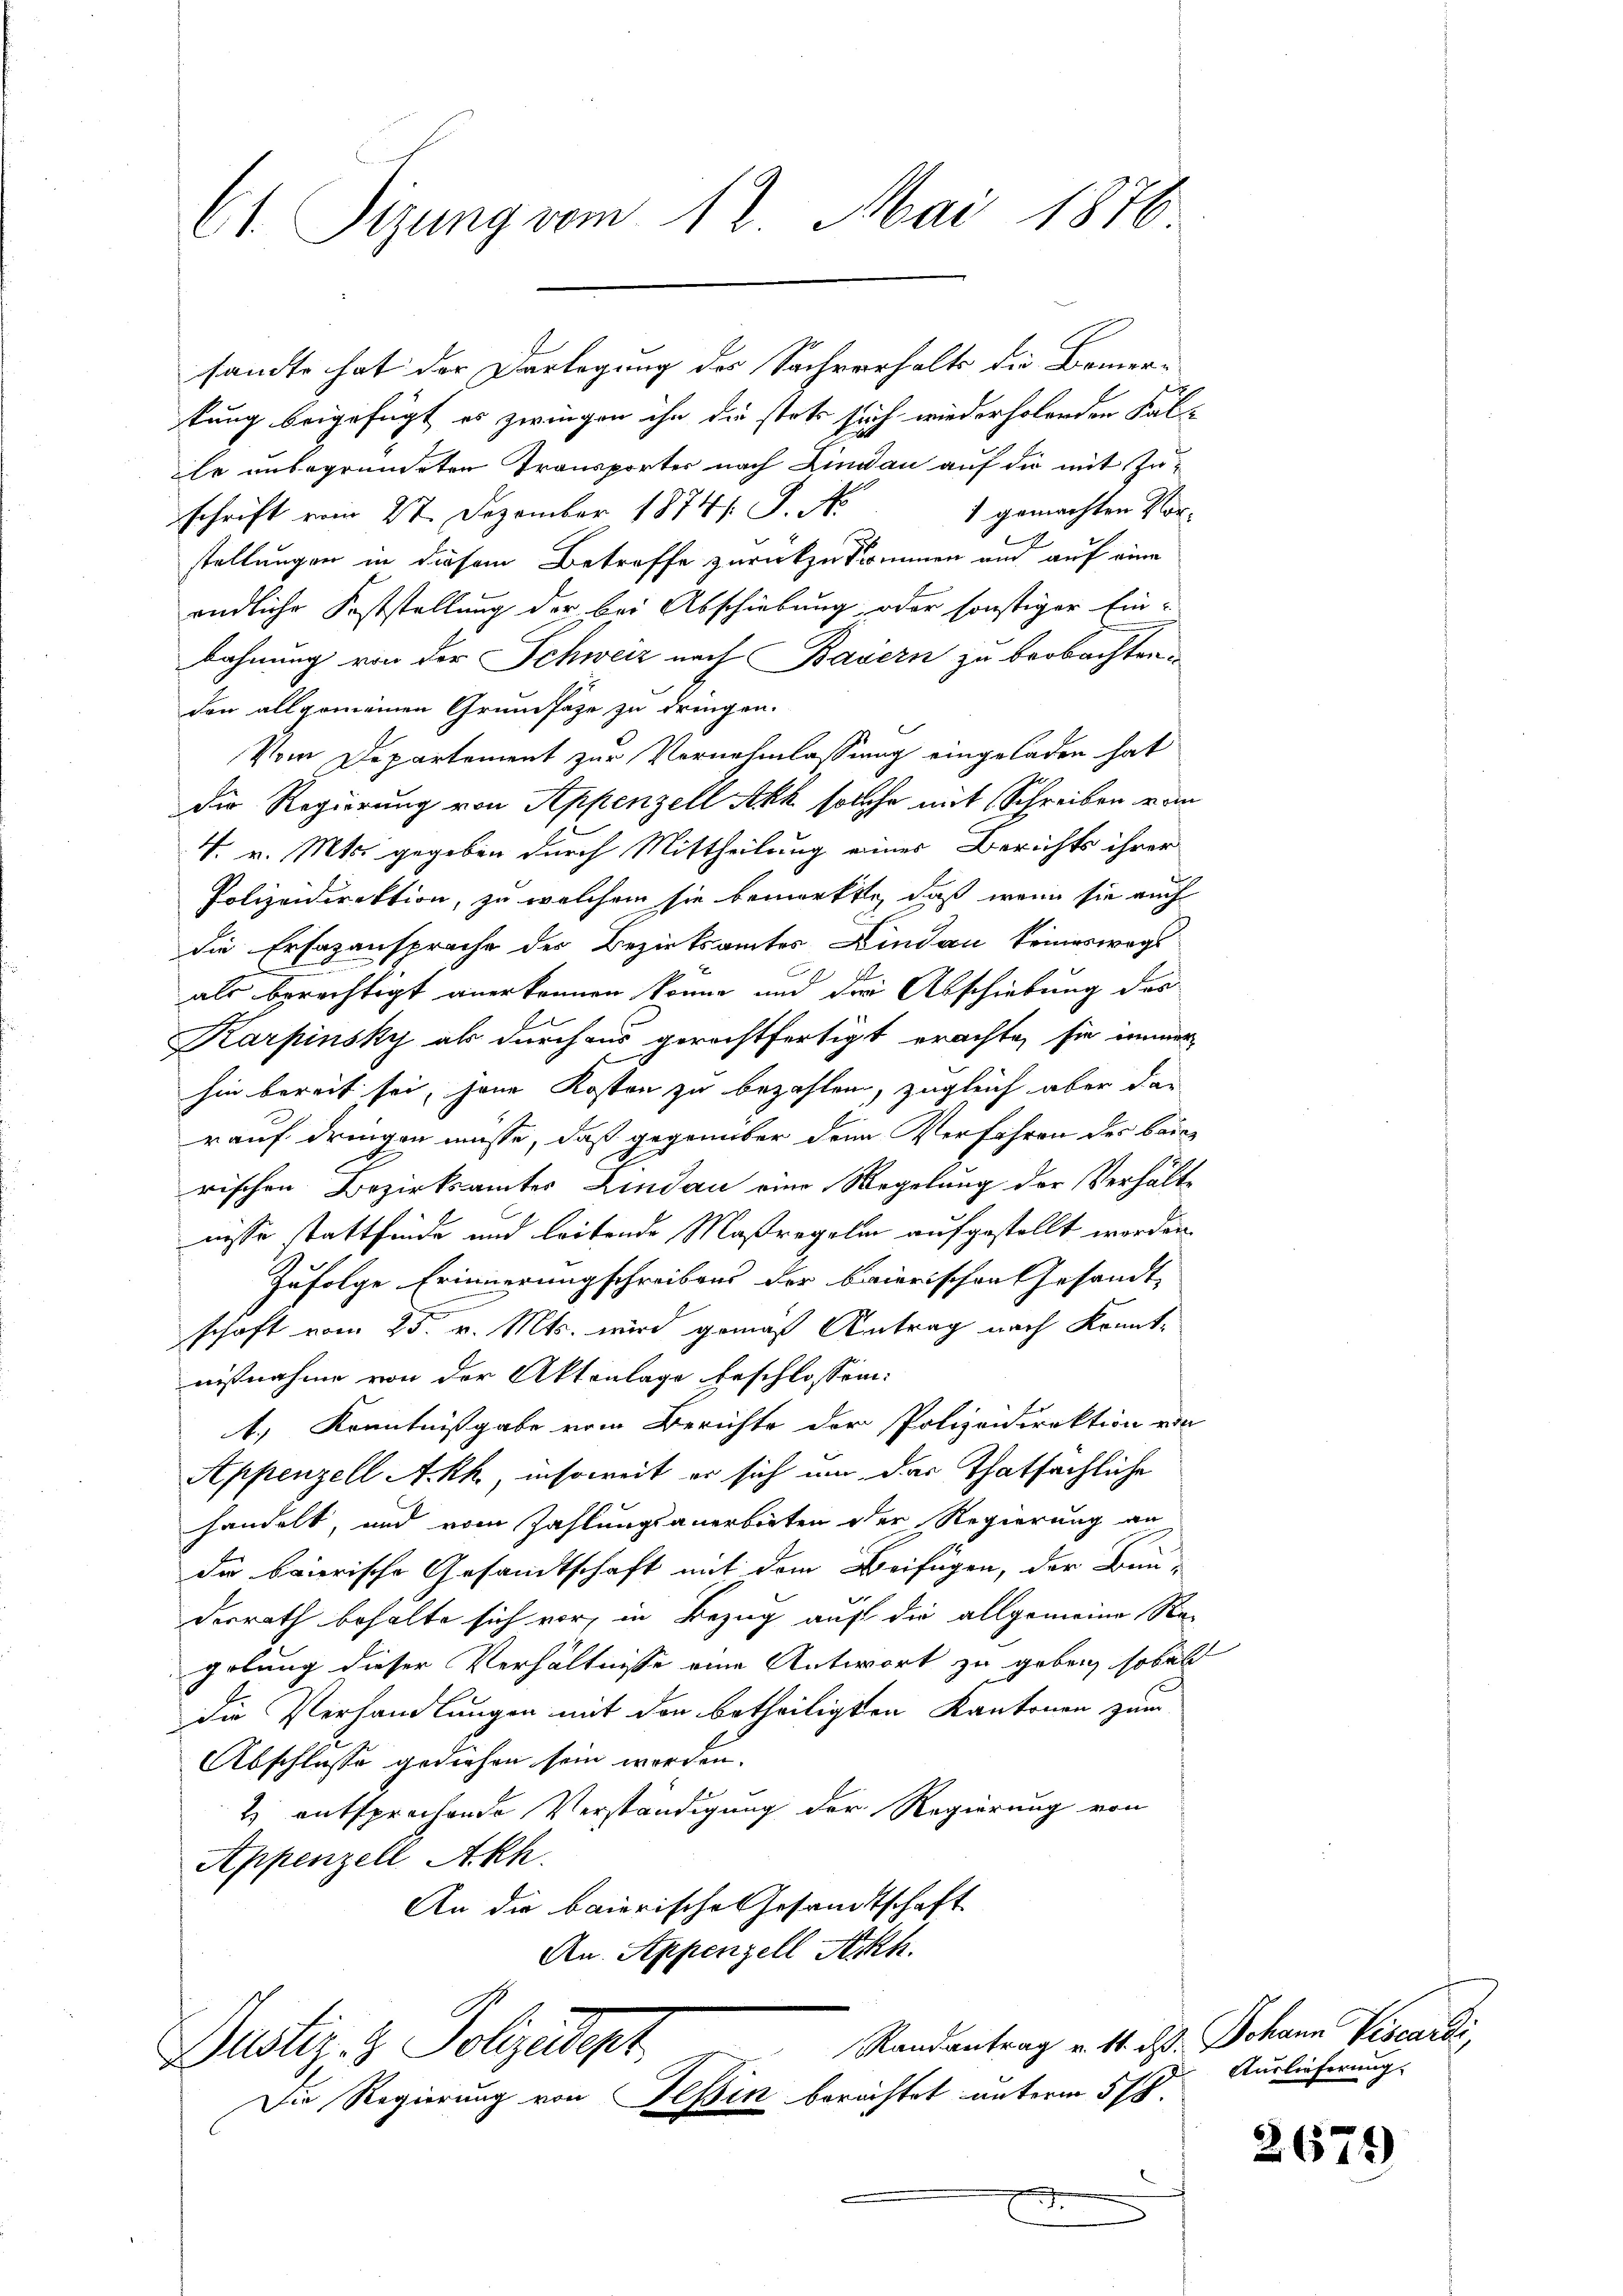
Ct. Sizung vom 12. Mai 1876

sandte hat der Darlegung des Sachverhalts die Bemer-
tung beigefügt es zwingen ihn die stets sich wiederholenden Kalle unbegründeten Transporter nach Lindau auf die mit Zu¬
1 gemachten Vorschrift vom 27. Dezember 1874. S. No
stellungen in diesem Betroffe zurückzukommen und auf eine
endliche Feststellung der bei Abschiebung oder sonstiger Ein-
bahnung von der Schweiz nach Bayern zu beobachten.
den allgemeinen Grundsätze zu dringen.
Vom Departement zur Vernehmlassung eingeladen hat
Die Regierung von Appenzell Akk solche mit Schreiben vom
4. v. Mts. gegeben durch Mittheilung eines Berichts ihrer
Polizeidirektion, zu welchem sie bemerkte, daß wenn sie auch
die Erfazansprache des Bezirksamtes Lindau keineswegs
als berechtigt anerkennen könne und der Abschiebung des
Karpinsky als durchaus gerechtfertigt erachte, sie immer-
hin bereit sei, jene Kosten zu bezahlen, zugleich aber das
rauf dringen müsse, daß gegenüber dein Verfahren des beirischen Bezirksamtes Lindau eine Regelung der Verhältnisse stattfinde und leitende Maßregelin aufgestellt worden.
Zufolge Erinnerungschreibens der baierischen Gesandt
c
schaft vom 25. v. Mts. wird gemäß Antrag nach Kenntnißnahme von der Aktenlage beschlossen:
t, Kenntnißgabe vom Berichte der Polizeidirektion ein
Appenzell A.Rh., insoweit er sich um das thatsächliche
handelt, und vom Zahlungsanerbieten der Regierung an
die baierische Gesandtschaft mit dem Beifügen, der Bau-
derrath behalte sich vor, in Bezug auf die allgemeine Regelung dieser Verhältnisse eine Antwort zu geben, sobald
die Verhandlungen mit den betheiligten Kantonen zum
Abschlusse gediehen sein worden.
2 entsprechende Verständigung der Regierung von
Appenzell Akh.
An die baierische Gesandtschaft
An. Appenzell Ah.

Randantrag u. 11. d. Johann Viscardi
Justiz- & Polizeidigt
Die Regierung von Teßin berichtet unterm 5/8.

7

Auslieferung

2671)